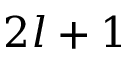
2 l + 1